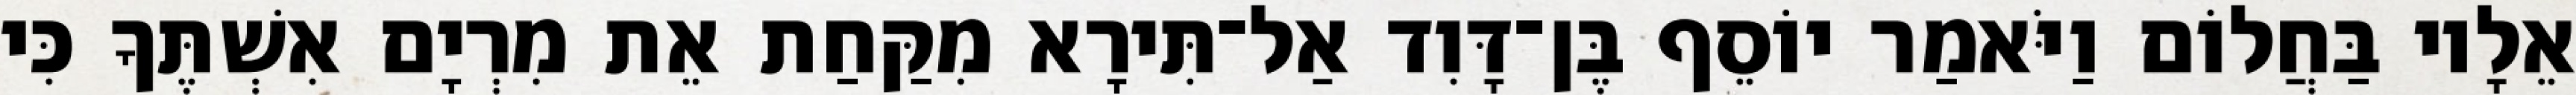
אֵלָיו בַּחֲלוֹם וַיֹּאמַר יוֹסֵף בֶּן־דָּוִד אַל־תִּירָא מִקַּחַת אֵת מִרְיָם אִשְׁתֶּךָ כִּי